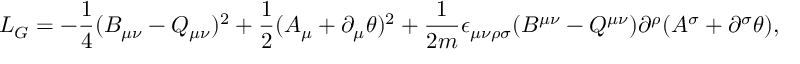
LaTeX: { \cal L } _ { G } = - \frac { 1 } { 4 } ( B _ { \mu \nu } - Q _ { \mu \nu } ) ^ { 2 } + \frac { 1 } { 2 } ( A _ { \mu } + \partial _ { \mu } \theta ) ^ { 2 } + \frac { 1 } { 2 m } \epsilon _ { \mu \nu \rho \sigma } ( B ^ { \mu \nu } - Q ^ { \mu \nu } ) \partial ^ { \rho } ( A ^ { \sigma } + \partial ^ { \sigma } \theta ) ,